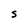
Character: S